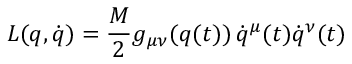
L ( q , \dot { q } ) = \frac { M } { 2 } g _ { \mu \nu } ( q ( t ) ) \, \dot { q } ^ { \mu } ( t ) \dot { q } ^ { \nu } ( t )